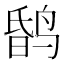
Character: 𪉎